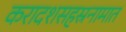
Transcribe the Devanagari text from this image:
करादशसहस्रनामात